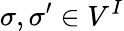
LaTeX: \sigma,\sigma^{\prime}\in V^{I}